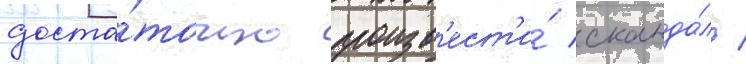
доста́точно произв'ест'и́ сканда́л /